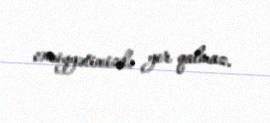
cəmiyyətimizdə yer qalmaz.